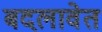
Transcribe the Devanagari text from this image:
बदलावेत